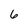
Character: 6